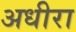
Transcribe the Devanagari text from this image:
अधीरा